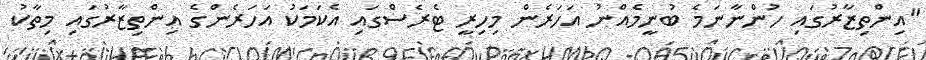
"އިންތިޒާރުގައި ހުންނާނަމެ ބުނީމެއްނު އަހަރެން މިހިރީ ޓެރެސްގައި އެކަމަކު އަހަރެންގެ އިންތިޒާރުގައި މިތާކު